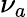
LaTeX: \nu_{a}